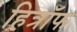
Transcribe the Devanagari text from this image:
हित्रॉफ